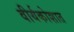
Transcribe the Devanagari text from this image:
वीर्यकोशात